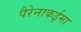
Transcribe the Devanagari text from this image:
पैरेनाकईमा